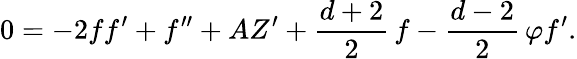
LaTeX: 0=-2ff^{\prime}+f^{\prime\prime}+AZ^{\prime}+\frac{d+2}{2}\, f-\frac{d-2}{2}\, \varphi f^{\prime}.